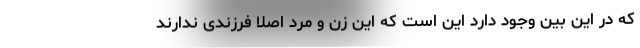
که در این بین وجود دارد این است که این زن و مرد اصلا فرزندی ندارند